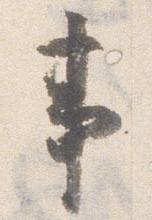
事